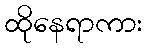
ထိုနေရာကား